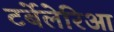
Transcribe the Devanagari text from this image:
टर्बेलेरिआ